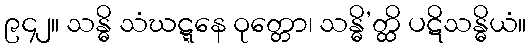
၉၄၂။ သန္ဓိ သံဃဋ္ဋနေ ဝုတ္တော၊ သန္ဓိ’တ္ထိ ပဋိသန္ဓိယံ။